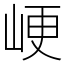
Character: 峺